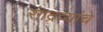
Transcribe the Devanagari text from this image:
रंगद्रव्यांचे